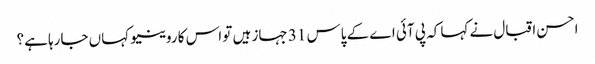
احسن اقبال نے کہا کہ پی آئی اے کے پاس 31 جہاز ہیں تو اس کا روینیو کہاں جارہا ہے؟